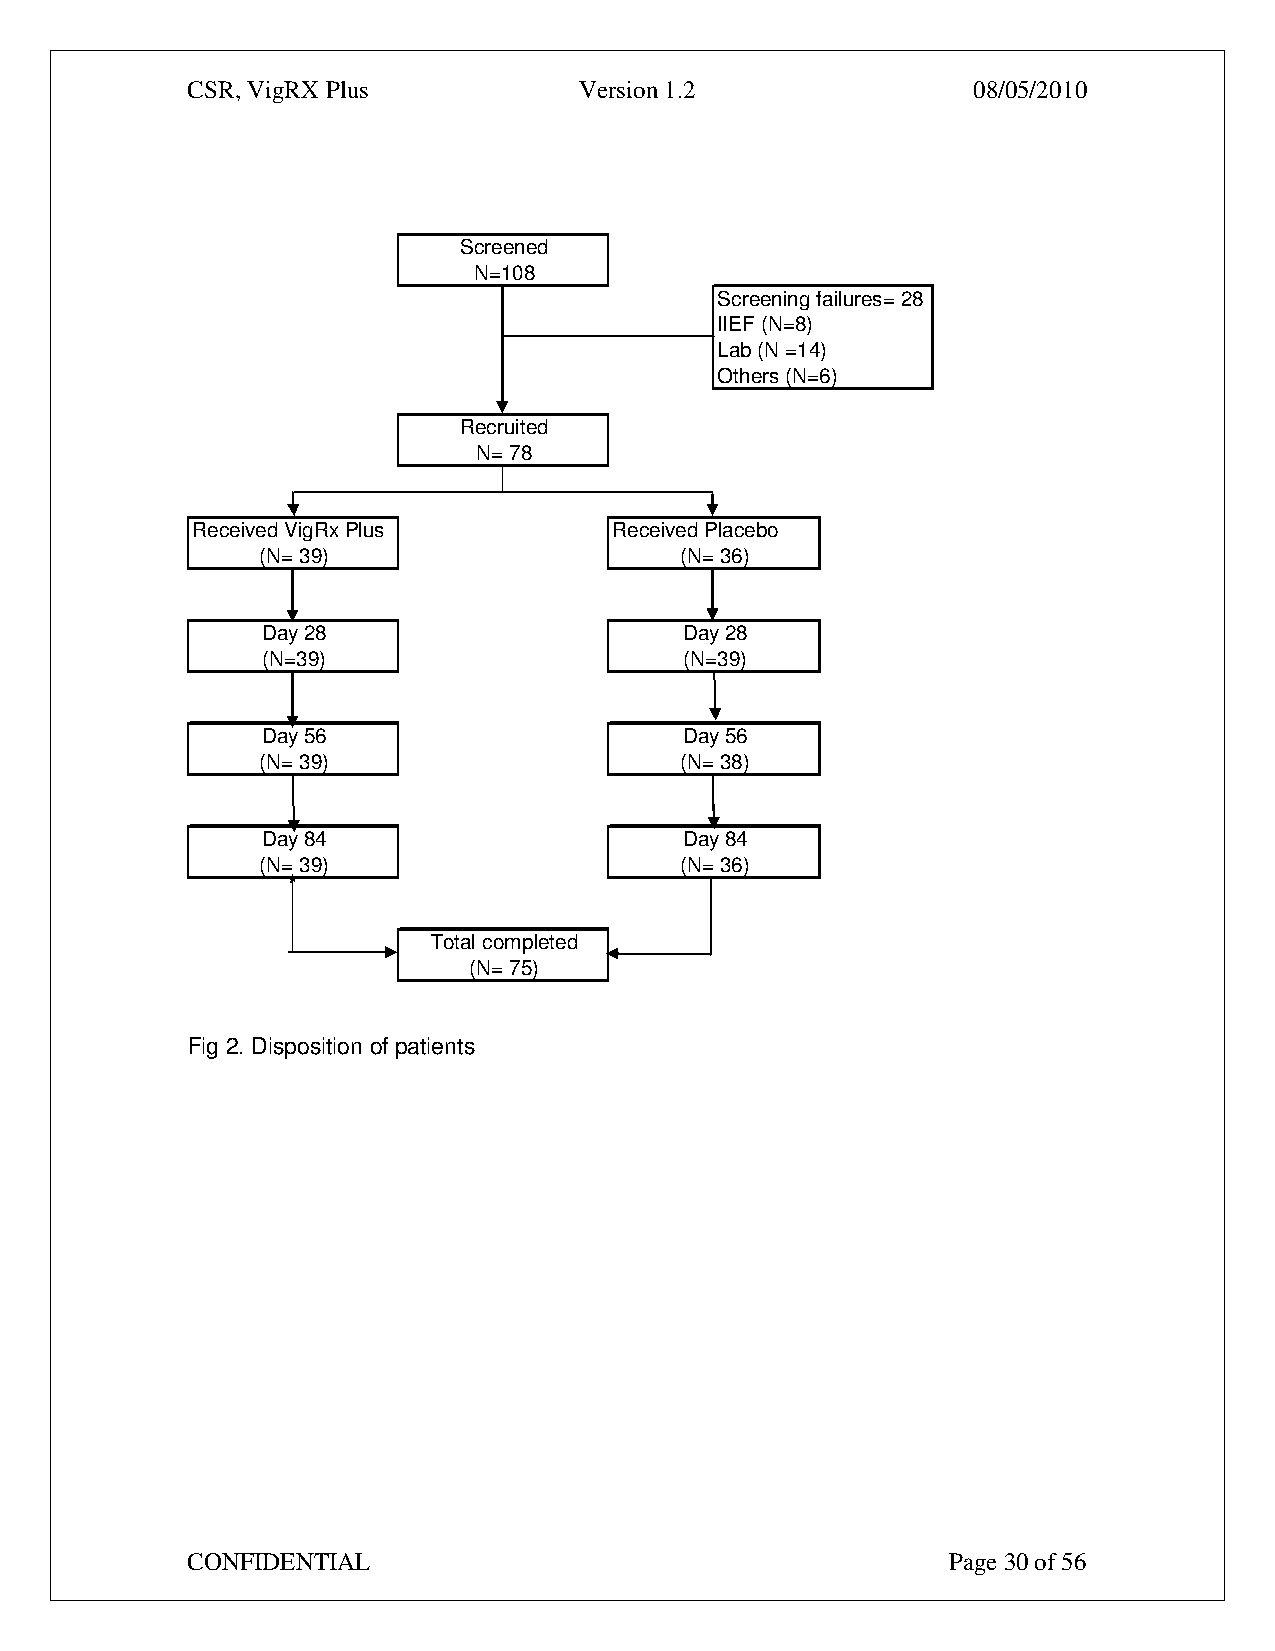
CSR, VigRX Plus           Version 1.2               08/05/2010
 Screened
 N=108
 Screening failures= 28
 IIEF (N=8)
 Lab (N =14)
 Others (N=6)
 Recruited
 N= 78
 Received VigRx Plus         Received Placebo
 (N= 39)                     (N= 36)
 Day 28                      Day 28
 (N=39)                      (N=39)
 Day 56                      Day 56
 (N= 39)                     (N= 38)
 Day 84                      Day 84
 (N= 39)                     (N= 36)
 Total completed
 (N= 75)
 Fig 2. Disposition of patients
 CONFIDENTIAL                                       Page 30 of 56